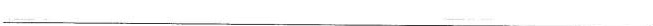
___